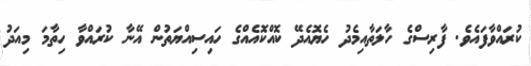
ކުރައްވާފައެވެ. ފާރިސްގެ ހާލަތާއިމެދު ހެޔޮއެދޭ ކޮއްކޮއެއްގެ ހައިސިއްޔަތުން އޭނާ ކުރައްވާ ހިތާމަ މިއަދު